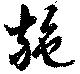
施